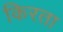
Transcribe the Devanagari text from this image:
किरता